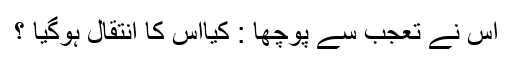
اس نے تعجب سے پوچھا : کیااس کا انتقال ہوگیا ؟